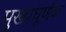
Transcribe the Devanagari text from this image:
मुख्यघूर्णक